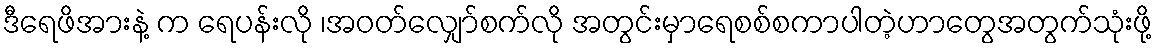
ဒီရေဖိအားနဲ့ က ရေပန်းလို ၊အဝတ်လျှော်စက်လို အတွင်းမှာရေစစ်စကာပါတဲ့ဟာတွေအတွက်သုံးဖို့